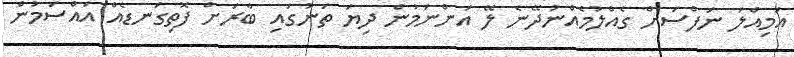
އަމިއްލަ ނަފްސަށް ގެއްލުމެއްނުދޭނެ ލޭ އަންނަމުން ދިޔަ ތަނުގައި ބާރަށް ފޮތިގަނޑެއް އައްސަމުން